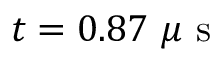
t = 0 . 8 7 ~ \mu \mathrm { ~ s ~ }